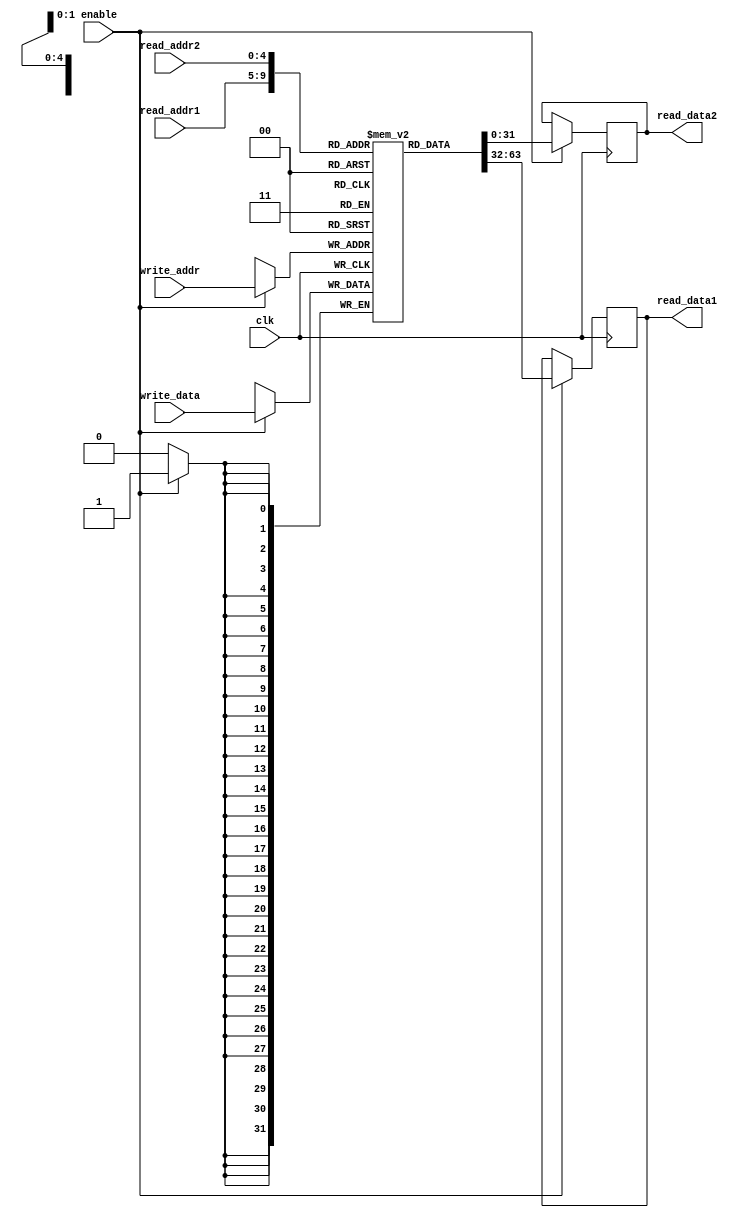
module register_file(
    input wire clk,
    input wire enable,
    input wire [4:0] read_addr1,
    input wire [4:0] read_addr2,
    input wire [4:0] write_addr,
    input wire [31:0] write_data,
    output reg [31:0] read_data1,
    output reg [31:0] read_data2
);

reg [31:0] mem[31:0]; // Memory blocks

always @(posedge clk) begin
    if(enable) begin
        // Read operation
        read_data1 <= mem[read_addr1];
        read_data2 <= mem[read_addr2];
        
        // Write operation
        mem[write_addr] <= write_data;
    end
end

endmodule